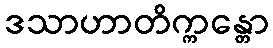
ဒသာဟာတိက္ကန္တော